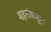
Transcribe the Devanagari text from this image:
शहरांकडून